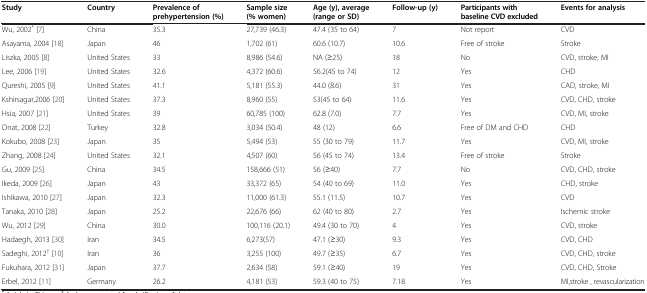
<table><thead><tr><td><b>Study</b></td><td><b>Country</b></td><td><b>Prevalence of prehypertension (%)</b></td><td><b>Sample size (% women)</b></td><td><b>Age (y), average (range or SD)</b></td><td><b>Follow-up (y)</b></td><td><b>Participants with baseline CVD excluded</b></td><td><b>Events for analysis</b></td></tr></thead><tbody><tr><td>Wu, 2002<sup>*</sup>[7]</td><td>China</td><td>35.3</td><td>27,739 (46.3)</td><td>47.4 (35 to 64)</td><td>7</td><td>Not report</td><td>CVD</td></tr><tr><td>Asayama, 2004 [18]</td><td>Japan</td><td>46</td><td>1,702 (61)</td><td>60.6 (10.7)</td><td>10.6</td><td>Free of stroke</td><td>Stroke</td></tr><tr><td>Liszka, 2005 [8]</td><td>United States</td><td>33</td><td>8,986 (54.6)</td><td>NA (≥25)</td><td>18</td><td>No</td><td>CVD, stroke, MI</td></tr><tr><td>Lee, 2006 [19]</td><td>United States</td><td>32.6</td><td>4,372 (60.6)</td><td>56.2(45 to 74)</td><td>12</td><td>Yes</td><td>CHD</td></tr><tr><td>Qureshi, 2005 [9]</td><td>United States</td><td>41.1</td><td>5,181 (55.3)</td><td>44.0 (8.6)</td><td>31</td><td>Yes</td><td>CAD, stroke, MI</td></tr><tr><td>Kshirsagar,2006 [20]</td><td>United States</td><td>37.3</td><td>8,960 (55)</td><td>53(45 to 64)</td><td>11.6</td><td>Yes</td><td>CVD, CHD, stroke</td></tr><tr><td>Hsia, 2007 [21]</td><td>United States</td><td>39</td><td>60,785 (100)</td><td>62.8 (7.0)</td><td>7.7</td><td>Yes</td><td>CVD, MI, stroke</td></tr><tr><td>Onat, 2008 [22]</td><td>Turkey</td><td>32.8</td><td>3,034 (50.4)</td><td>48 (12)</td><td>6.6</td><td>Free of DM and CHD</td><td>CHD</td></tr><tr><td>Kokubo, 2008 [23]</td><td>Japan</td><td>35</td><td>5,494 (53)</td><td>55 (30 to 79)</td><td>11.7</td><td>Yes</td><td>CVD, MI, stroke</td></tr><tr><td>Zhang, 2008 [24]</td><td>United States</td><td>32.1</td><td>4,507 (60)</td><td>56 (45 to 74)</td><td>13.4</td><td>Free of stroke</td><td>Stroke</td></tr><tr><td>Gu, 2009 [25]</td><td>China</td><td>34.5</td><td>158,666 (51)</td><td>56 (≥40)</td><td>7.7</td><td>No</td><td>CVD, CHD, stroke</td></tr><tr><td>Ikeda, 2009 [26]</td><td>Japan</td><td>43</td><td>33,372 (65)</td><td>54 (40 to 69)</td><td>11.0</td><td>Yes</td><td>CHD, stroke</td></tr><tr><td>Ishikawa, 2010 [27]</td><td>Japan</td><td>32.3</td><td>11,000 (61.3)</td><td>55.1 (11.5)</td><td>10.7</td><td>Yes</td><td>CVD</td></tr><tr><td>Tanaka, 2010 [28]</td><td>Japan</td><td>25.2</td><td>22,676 (66)</td><td>62 (40 to 80)</td><td>2.7</td><td>Yes</td><td>Ischemic stroke</td></tr><tr><td>Wu, 2012 [29]</td><td>China</td><td>30.0</td><td>100,116 (20.1)</td><td>49.4 (30 to 70)</td><td>4</td><td>Yes</td><td>CVD, stroke</td></tr><tr><td>Hadaegh, 2013 [30]</td><td>Iran</td><td>34.5</td><td>6,273(57)</td><td>47.1 (≥30)</td><td>9.3</td><td>Yes</td><td>CVD, CHD</td></tr><tr><td>Sadeghi, 2012<sup>†</sup>[10]</td><td>Iran</td><td>36</td><td>3,255 (100)</td><td>49.7 (≥35)</td><td>6.7</td><td>Yes</td><td>CVD, CHD, stroke</td></tr><tr><td>Fukuhara, 2012 [31]</td><td>Japan</td><td>37.7</td><td>2,634 (58)</td><td>59.1 (≥40)</td><td>19</td><td>Yes</td><td>CVD, CHD, Stroke</td></tr><tr><td>Erbel, 2012 [11]</td><td>Germany</td><td>26.2</td><td>4,181 (53)</td><td>59.3 (40 to 75)</td><td>7.18</td><td>Yes</td><td>MI,stroke , revascularization</td></tr></tbody></table>